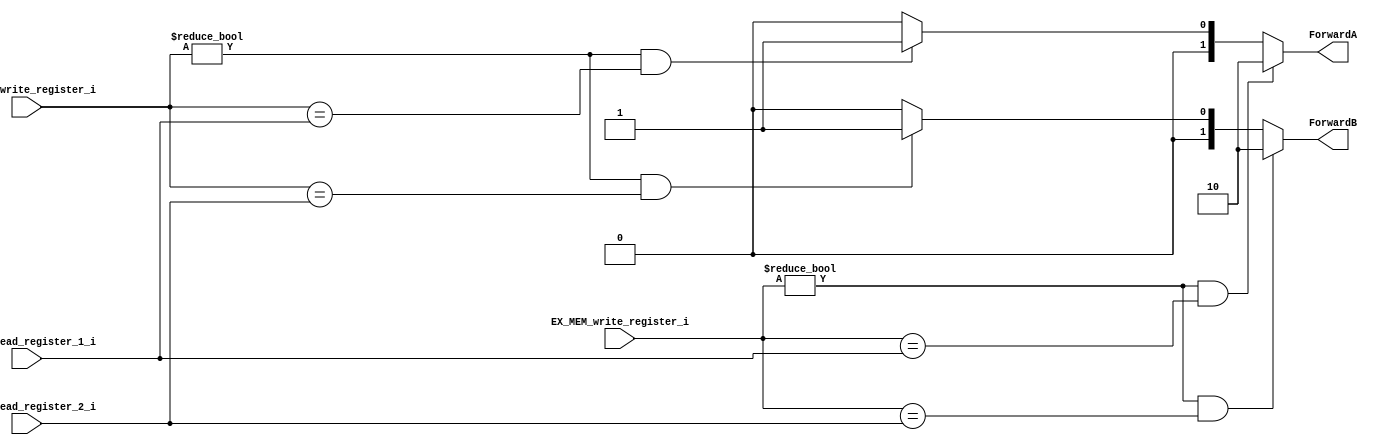
module Forwarding_Unit(
  input [4:0] EX_MEM_write_register_i,
  input [4:0] MEM_WB_write_register_i,
  input [4:0] ID_EX_read_register_1_i,
  input [4:0] ID_EX_read_register_2_i,
  
  output reg [1:0] ForwardA,
  output reg [1:0] ForwardB
);

always @* begin
  // Inicialmente, no hay forwarding disponible
  ForwardA = 0;
  ForwardB = 0;
  
  // Verificar si hay una dependencia entre la instruccin en la etapa de ejecucin y la instruccin en la etapa de memoria
  if (EX_MEM_write_register_i != 0 && EX_MEM_write_register_i == ID_EX_read_register_1_i) begin
    ForwardA = 2'b10; // Seleccionar el valor de la etapa de ejecucin
  end
  
  // Verificar si hay una dependencia entre la instruccin en la etapa de ejecucin y la instruccin en la etapa de escritura
  else if (MEM_WB_write_register_i != 0 && MEM_WB_write_register_i == ID_EX_read_register_1_i) begin
    ForwardA = 2'b01; // Seleccionar el valor de la etapa de escritura
  end
  
  // Verificar si hay una dependencia entre la instruccin en la etapa de ejecucin y la instruccin en la etapa de memoria o escritura
  if (EX_MEM_write_register_i != 0 && EX_MEM_write_register_i == ID_EX_read_register_2_i) begin
    ForwardB = 2'b10; // Seleccionar el valor de la etapa de ejecucin
  end
  else if (MEM_WB_write_register_i != 0 && MEM_WB_write_register_i == ID_EX_read_register_2_i) begin
    ForwardB = 2'b01; // Seleccionar el valor de la etapa de escritura
  end
end

endmodule